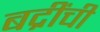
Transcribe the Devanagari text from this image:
बद्रींची